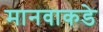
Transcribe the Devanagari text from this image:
मानवाकडे